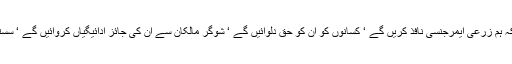
عمران خان نے بتایا کہ ہم زرعی ایمرجنسی نافذ کریں گے ‘ کسانوں کو ان کو حق دلوائیں گے ‘ شوگر مالکان سے ان کی جائز ادائیگیاں کروائیں گے ‘ سستے قرضے دیں گے ۔